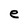
Character: e